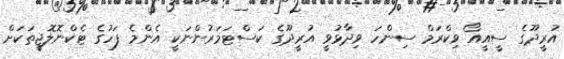
އުރީދޫގެ ސީއީއޯ ވިކްރަމް ސިންހަ ވިދާޅުވީ އުރީދޫގެ ކަސްޓަމަރުންނަކީ އެންމެ ފަހުގެ ޓެކްނޮލޮޖީތަކަށް